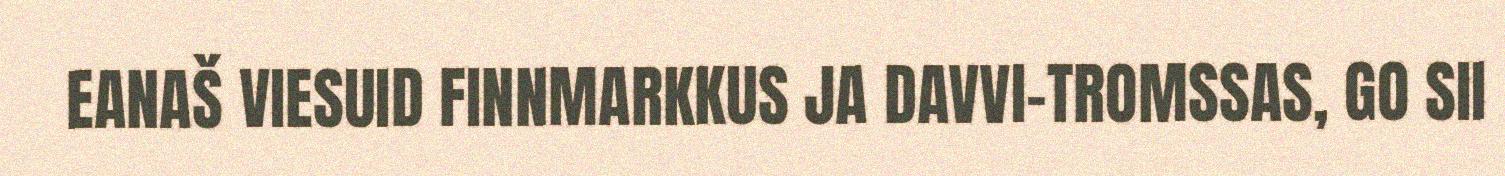
EANAŠ VIESUID FINNMARKKUS JA DAVVI-TROMSSAS, GO SII